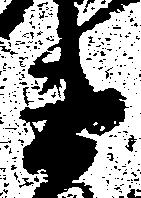
衛